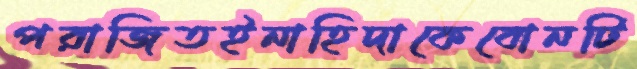
পরাজিতইনাহিদাকেবোনটি